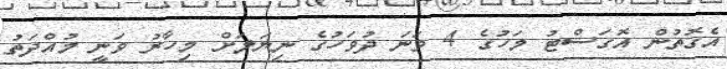
އެގޮތުން އޮގަސްޓު މަހުގެ 4 ވަނަ ދުވަހުގެ ނިޔަލަށް މިހާރު ވަނީ މުއްދަތު